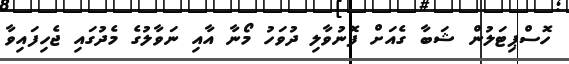
ހޮސްޕިޓަލުން ޝަބާ ގެއަށް ފޮނުވާލި ދުވަހު މޯނާ އާއި ނަވާލުގެ މެދުގައި ޖެހިފައިވާ